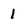
Character: 1